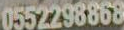
0552298868